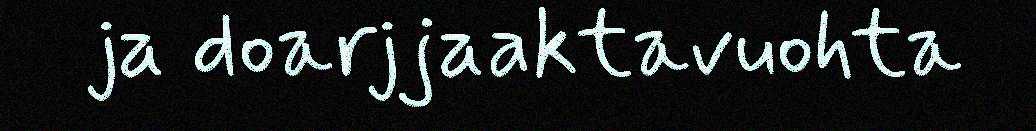
ja doarjjaaktavuohta